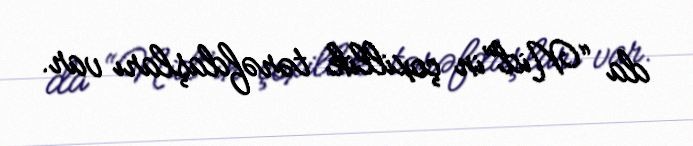
da “Nid”in çoxillik tərəfdaşları var.